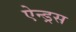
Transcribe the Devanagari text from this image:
ऐन्ड्रस